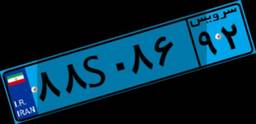
۸۸S۰۸۶۹۲